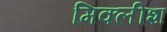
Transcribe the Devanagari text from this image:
मिक्लीश